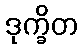
ဒုက္ခိတ